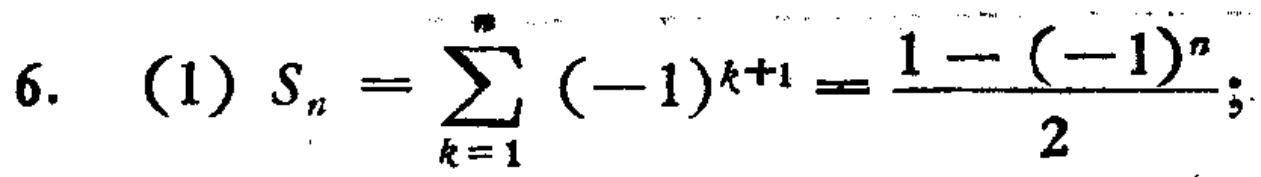
6. (1) \(S_{n}=\sum_{k = 1}^{n}(-1)^{k + 1}=\frac{1-(-1)^{n}}{2}\);